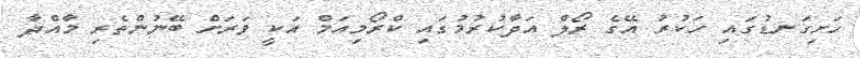
ހަށިގަނޑުގައި ހަކުރު އޭގެ ރޯލް އަދާކުރުމުގައި ކްރޯމިއަމް އަކީ ވަރަށް ބޭނުންތެރި މާއްދާ